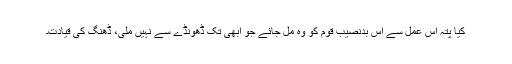
کیا پتہ اس عمل سے اس بدنصیب قوم کو وہ مل جائے جو ابھی تک ڈھونڈے سے نہیں ملی، ڈھنگ کی قیادت۔